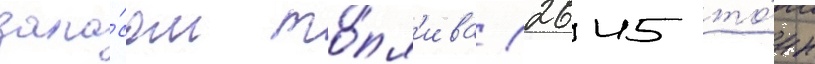
запа́сом то́пл'ива (2645 то́нн